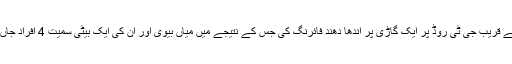
خیال رہے 19 جنوری کی سہہ پہر سی ٹی ڈی نے ساہیوال کے قریب جی ٹی روڈ پر ایک گاڑی پر اندھا دھند فائرنگ کی جس کے نتیجے میں میاں بیوی اور ان کی ایک بیٹی سمیت 4 افراد جاں بحق ہوئے جب کہ کارروائی میں تین بچے بھی زخمی ہوئے۔